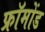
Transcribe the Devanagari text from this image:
फ्रॉमोंड